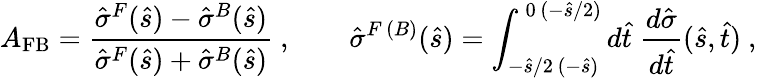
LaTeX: A_{\mathrm{FB}}=\frac{\hat{\sigma}^{F}(\hat{s})-\hat{\sigma}^{B}(\hat{s})}{\hat{\sigma}^{F}(\hat{s})+\hat{\sigma}^{B}(\hat{s})}~,\qquad\hat{\sigma}^{F\, (B)}(\hat{s})=\int_{-\hat{s}/2\, (-\hat{s})}^{\, 0\, (-\hat{s}/2)}d\hat{t}\; \frac{d\hat{\sigma}}{d\hat{t}}(\hat{s},\hat{t})~,